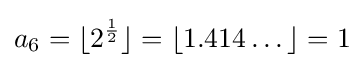
a_{6}=\lfloor 2^{\frac {1}{2}}\rfloor =\lfloor 1.414\dots \rfloor =1